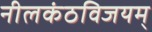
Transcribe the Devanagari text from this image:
नीलकंठविजयम्